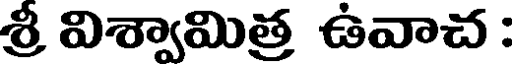
శ్రీ విశ్వామిత్ర ఉవాచ :